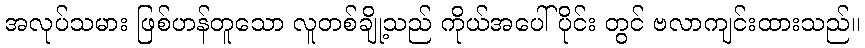
အလုပ်သမား ဖြစ်ဟန်တူသော လူတစ်ချို့သည် ကိုယ်အပေါ်ပိုင်း တွင် ဗလာကျင်းထားသည်။